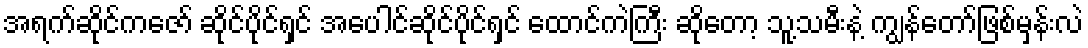
အရက်ဆိုင်ကဇော် ဆိုင်ပိုင်ရှင် အပေါင်ဆိုင်ပိုင်ရှင် ထောင်ကဲကြီး ဆိုတော့ သူ့သမီးနဲ့ ကျွန်တော်ဖြစ်မှန်းလဲ